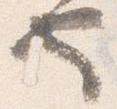
也